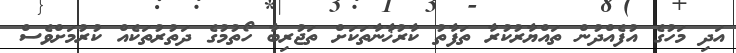
އަދި މަހުގެ އުފެއްދުން ތައްޔާރުކުރާ ތަފާތު ކާރުޚާނާތަކަށް ތަޖުރިބާ ހޯތުމުގެ ދަތުރުތަކެއް ކުރުމަށްވެސް